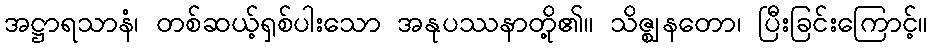
အဋ္ဌာရသာနံ၊ တစ်ဆယ့်ရှစ်ပါးသော အနုပဿနာတို့၏။ သိဇ္ဈနတော၊ ပြီးခြင်းကြောင့်။